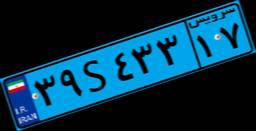
۴۱S۱۹۴۵۷